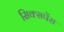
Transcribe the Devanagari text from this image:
सिक्सपेंस